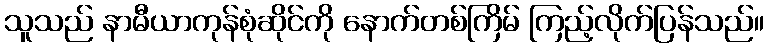
သူသည် နာမီယာကုန်စုံဆိုင်ကို နောက်တစ်ကြိမ် ကြည့်လိုက်ပြန်သည်။